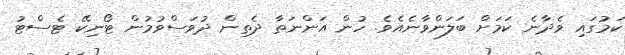
ކަމުގައި ވެދާނެ ކަމަށް ބަލަންވާނެއެވެ. ހުން އަންނަތާ ދެތިން ދުވަސްވުމުން ޓޯނިކޭ ޓެސްޓު